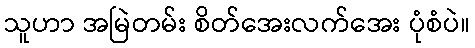
သူဟာ အမြဲတမ်း စိတ်အေးလက်အေး ပုံစံပဲ။